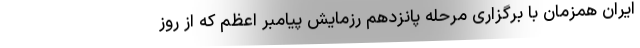
ایران همزمان با برگزاری مرحله پانزدهم رزمایش پیامبر اعظم که از روز